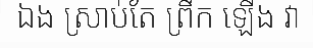
ឯង ស្រាប់តែ ព្រឹក ឡើង វា